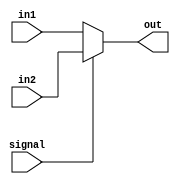
module Mux (in1, in2, signal, out);
	input [7:0] in1;
	input [7:0] in2;
	input signal;
	output reg [7:0] out;

	always@(*)
	begin
		if (signal == 1)
		begin
			out[7:0] <= in2[7:0];
		end
		else
		begin
			out[7:0] <= in1[7:0];
		end
	end
endmodule